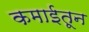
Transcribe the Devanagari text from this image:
कमाईतून